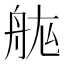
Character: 𮎅